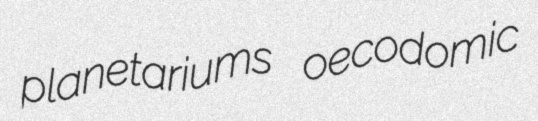
planetariums oecodomic